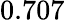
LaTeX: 0.707